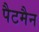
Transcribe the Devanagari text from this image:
पैटमैन